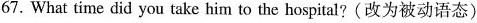
67. What time did you take him to the hospital?(改为被动语态)